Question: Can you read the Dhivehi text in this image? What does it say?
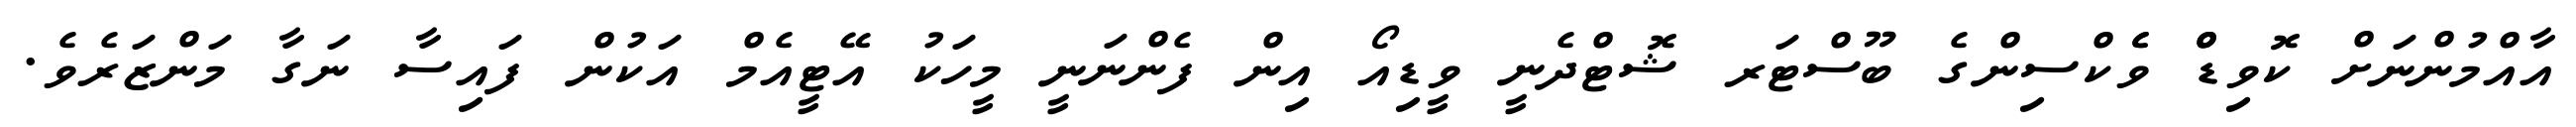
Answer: އާއްމުންނަށް ކޮވިޑްް ވެެކްސިންގެ ބޫސްޓަރ ޝޮޓްދެނީ ވީޑިއޯ އިން ފެންނަނީ މީހަކު އޭޓީއެމް އަކުން ފައިސާ ނަގާ މަންޒަރެވެ.